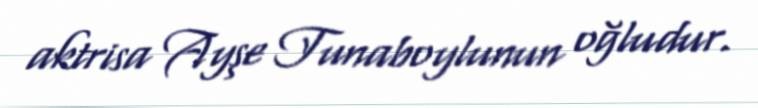
aktrisa Ayşe Tunaboylunun oğludur.